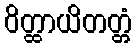
ဝိတ္ထာယိတတ္တံ